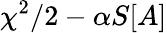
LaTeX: \chi^{2}/2-{\alpha}S[A]